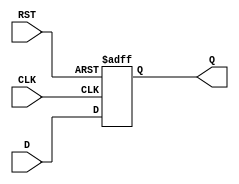
module FlipFlopRegister #(
    parameter N = 8  // Width of the register (number of bits)
)(
    input  wire [N-1:0] D,    // Data input
    input  wire CLK,           // Clock input
    input  wire RST,           // Reset input (active high)
    output reg  [N-1:0] Q      // Data output
);

// Asynchronous reset and synchronous data loading
always @(posedge CLK or posedge RST) begin
    if (RST) begin
        Q <= {N{1'b0}};  // Clear register to 0
    end else begin
        Q <= D;          // Load data on clock edge
    end
end

endmodule